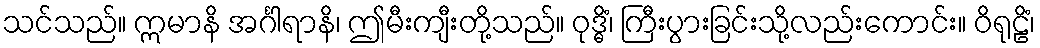
သင်သည်။ ဣမာနိ အင်္ဂါရာနိ၊ ဤမီးကျီးတို့သည်။ ဝုဒ္ဓိံ၊ ကြီးပွားခြင်းသို့လည်းကောင်း။ ဝိရုဠိံ၊